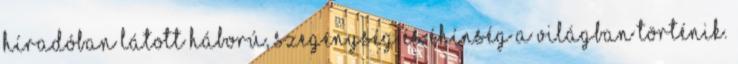
híradóban látott háború, szegénység és éhínség a világban történik.